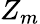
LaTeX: Z_{m}